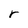
Character: r